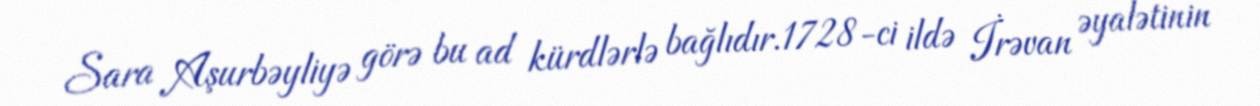
Sara Aşurbəyliyə görə bu ad kürdlərlə bağlıdır.1728-ci ildə İrəvan əyalətinin